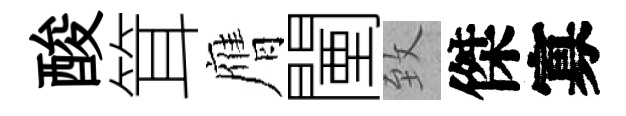
酸䇯膺闉致傑寡